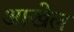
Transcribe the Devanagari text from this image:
आखेल